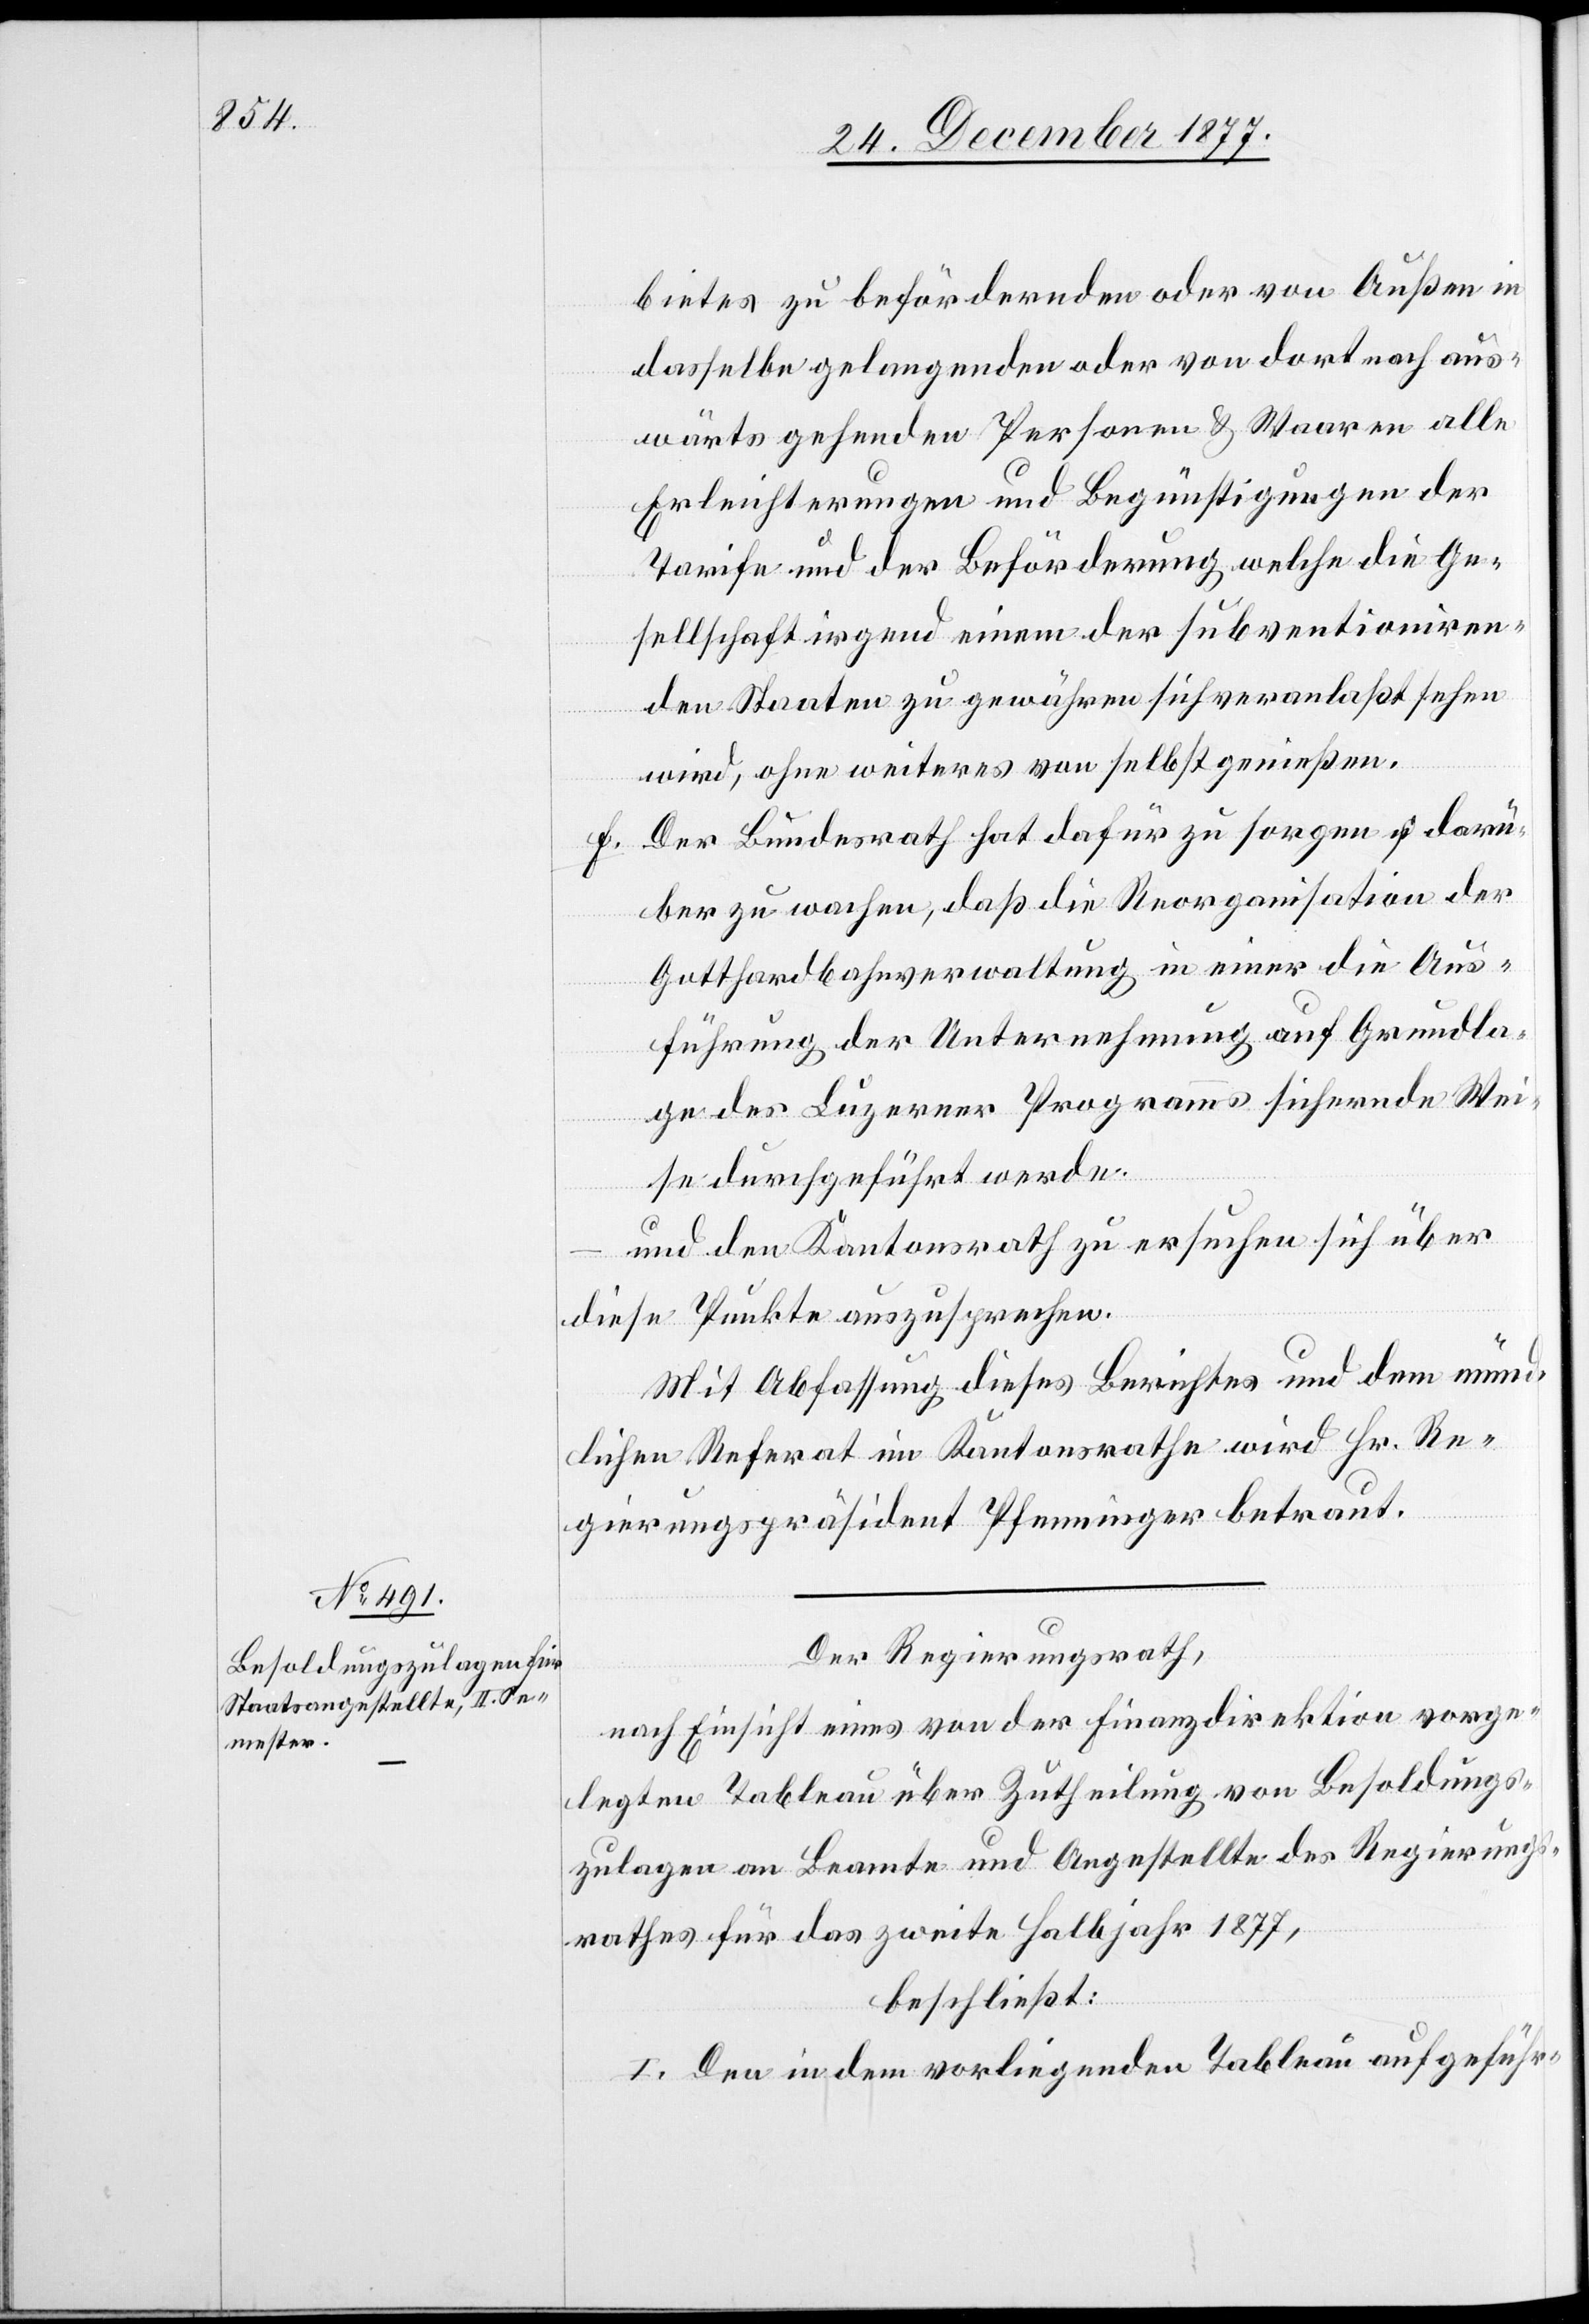
bietes zu befördernden oder von Außen in
dasselbe gelangenden oder von dort nach aus¬
wärts gehenden Personen & Waaren alle
Erleichterungen und Begünstigungen der
Tarife und der Beförderung welche die Ge¬
sellschaft irgend einem der subventioniren¬
den Staaten zu gewähren sich veranlaßt sehen
wird, ohne weiteres von selbst genießen.
Der Bundesrath hat dafür zu sorgen u. darü¬
ber zu wachen, daß die Reorganisation der
Gotthardbahnverwaltung in einer die Aus¬
führung der Unternehmung auf Grundla¬
ge des Luzerner Programms sichernde Wei¬
se durchgeführt werde.
und den Kantonsrath zu ersuchen sich über
diese Punkte auszusprechen.
Mit Abfassung dieses Berichtes und dem münd¬
lichen Referat im Kantonsrathe wird Hr. Re¬
gierungspräsident Pfenninger betraut.
Der Regierungsrath,
nach Einsicht eines von der Finanzdirektion vorge¬
legten Tableau über Zutheilung von Besoldungs¬
zulagen an Beamte und Angestellte des Regierungs¬
rathes für das zweite Halbjahr 1877,
beschließt:
I. Den in dem vorliegenden Tableau aufgeführ-